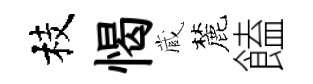
枝愒蔵麓饁